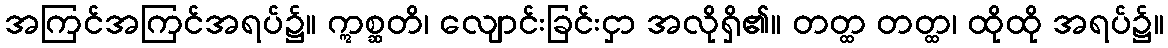
အကြင်အကြင်အရပ်၌။ ဣစ္ဆတိ၊ လျောင်းခြင်းငှာ အလိုရှိ၏။ တတ္ထ တတ္ထ၊ ထိုထို အရပ်၌။